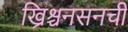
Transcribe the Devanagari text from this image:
ख्रिश्चनसनची